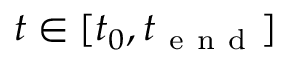
t \in [ t _ { 0 } , t _ { \mathrm { ~ e ~ n ~ d ~ } } ]